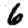
Digit: 6